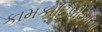
કામકોટિપીઠમના